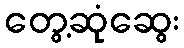
တွေ့ဆုံဆွေး